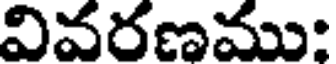
వివరణము: